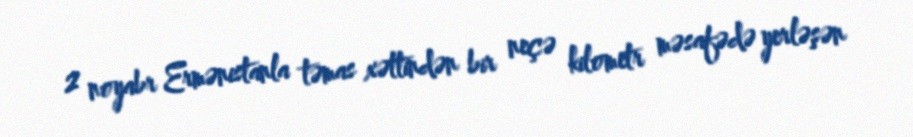
2 noyabr Ermənistanla təmas xəttindən bir neçə kilometr məsafədə yerləşən